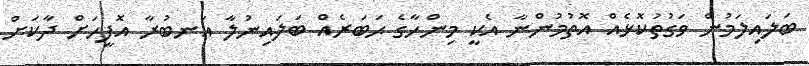
ބަލައިލަމުން ވަގުތުކޮޅެއް އޮތުމުންނާ އެކީ މިންހާގެ ޙަބަރެއް ބަލައިނުލާ އަނބުރާ އޮފީހަށް ދާކަށް